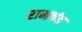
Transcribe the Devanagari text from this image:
रामचंद